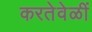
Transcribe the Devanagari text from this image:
करतेवेळीं